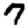
Digit: 7